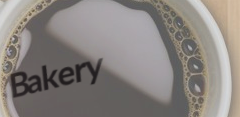
Bakery